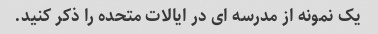
یک نمونه از مدرسه ای در ایالات متحده را ذکر کنید.